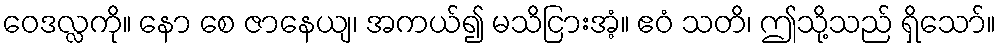
ဝေဒလ္လကို။ နော စေ ဇာနေယျ၊ အကယ်၍ မသိငြားအံ့။ ဧဝံ သတိ၊ ဤသို့သည် ရှိသော်။